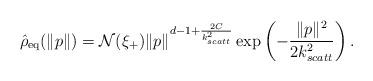
LaTeX: \begin{align*}\hat{\rho}_{\mathrm{eq}}(\|p\|)=\mathcal{N}(\xi_+)\|p\|^{d-1+\frac{2C}{k_{scatt}^2}}\exp\left( -\dfrac{\|p\|^2}{2k_{scatt}^2}\right).\end{align*}